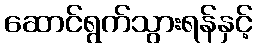
ဆောင်ရွက်သွားရန်နှင့်